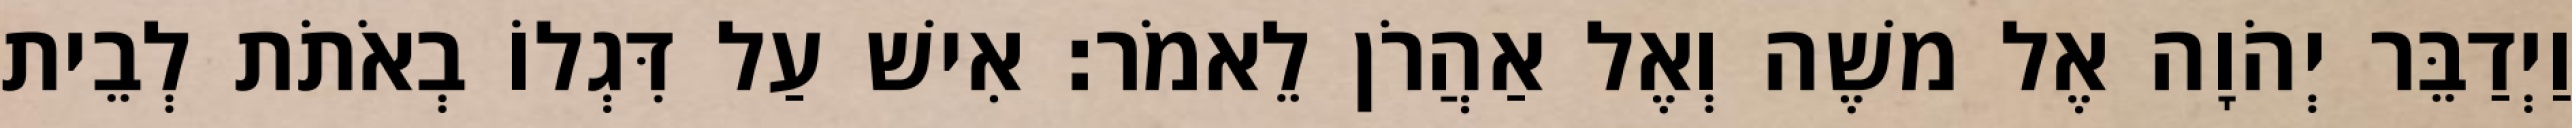
וַיְדַבֵּר יְהֹוָה אֶל משֶׁה וְאֶל אַהֲרֹן לֵאמֹר׃ אִישׁ עַל דִּגְלוֹ בְאֹתֹת לְבֵית